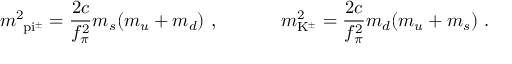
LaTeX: m _ { \mathrm { \ p i ^ { \pm } } } ^ { 2 } = \frac { 2 c } { f _ { \pi } ^ { 2 } } m _ { s } ( m _ { u } + m _ { d } ) \ , \ \ \ \ \ \ \ \ \ \ m _ { \mathrm { K ^ { \pm } } } ^ { 2 } = \frac { 2 c } { f _ { \pi } ^ { 2 } } m _ { d } ( m _ { u } + m _ { s } ) \ .